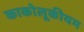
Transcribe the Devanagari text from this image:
काकोलूकीयम